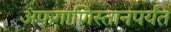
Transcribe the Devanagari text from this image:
अफगाणिस्तानपर्यंत